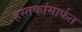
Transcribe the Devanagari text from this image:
हस्तकांमार्फत